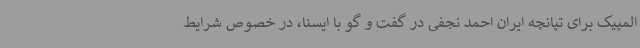
المپیک برای تپانچه ایران احمد نجفی در گفت و گو با ایسنا، در خصوص شرایط